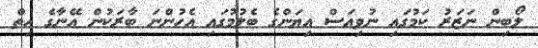
ލޯބިން ނަޒަރު ކަމުގައި ނުވިއަސް އިޔަންގެ ބެލުމުގައި އެހުންނަ ބާރަކުން އޭނާގެ ހިތް